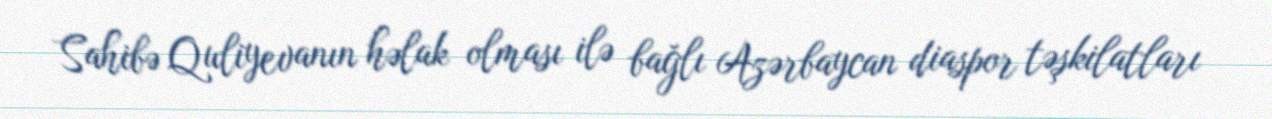
Sahibə Quliyevanın həlak olması ilə bağlı Azərbaycan diaspor təşkilatları